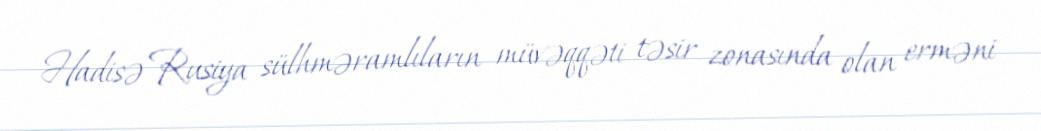
Hadisə Rusiya sülhməramlıların müvəqqəti təsir zonasında olan erməni